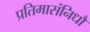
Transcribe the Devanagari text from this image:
प्रतिमासंनिधौ